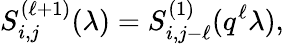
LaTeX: S_{i,j}^{(\ell+1)}(\lambda)=S_{i,j-\ell}^{(1)}(q^{\ell}\lambda),